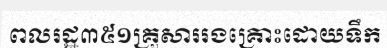
ពលរដ្ឋ៣៥១គ្រួសាររងគ្រោះដោយទឹក